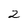
Character: 2